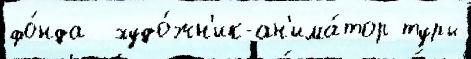
фо́нда  худо́жн'ик-ан'има́тор туры